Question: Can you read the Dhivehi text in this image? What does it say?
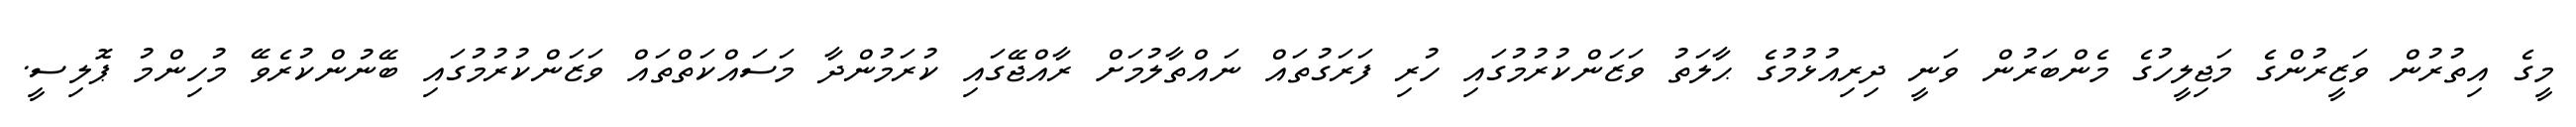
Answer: މީގެ އިތުރުން ވަޒީރުންގެ މަޖިލީހުގެ މެންބަރުން ވަނީ ދިރިއުޅުމުގެ ޙާލަތު ވަޒަންކުރުމުގައި ހުރި ފަރަގުތައް ނައްތާލުމަށް ރާއްޖޭގައި ކުރަމުންދާ މަސައްކަތްތައް ވަޒަންކުރުމުގައި ބޭނުންކުރެވޭ މުހިންމު ޕޮލިސީ.